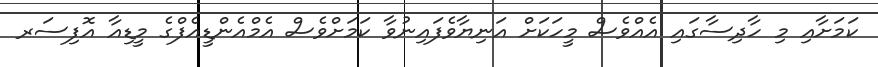
ކަމަށާއި މި ހާދިސާގައި އެއްވެސް މީހަކަށް އަނިޔާވެފައިނުވާ ކަމަށްވެސް އެމްއެންޑީއެފްގެ މީޑިއާ އޮފިސަރ